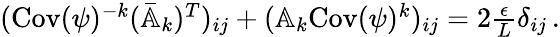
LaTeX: \begin{array}{r}{(\mathrm{Cov}(\psi)^{-k}(\bar{\mathbb{A}}_{k})^{T})_{ij}+(\mathbb{A}_{k}\mathrm{Cov}(\psi)^{k})_{ij}=2\frac{\epsilon}{L}\delta_{ij}\, .}\end{array}